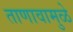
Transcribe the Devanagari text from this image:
ताणावामुळे